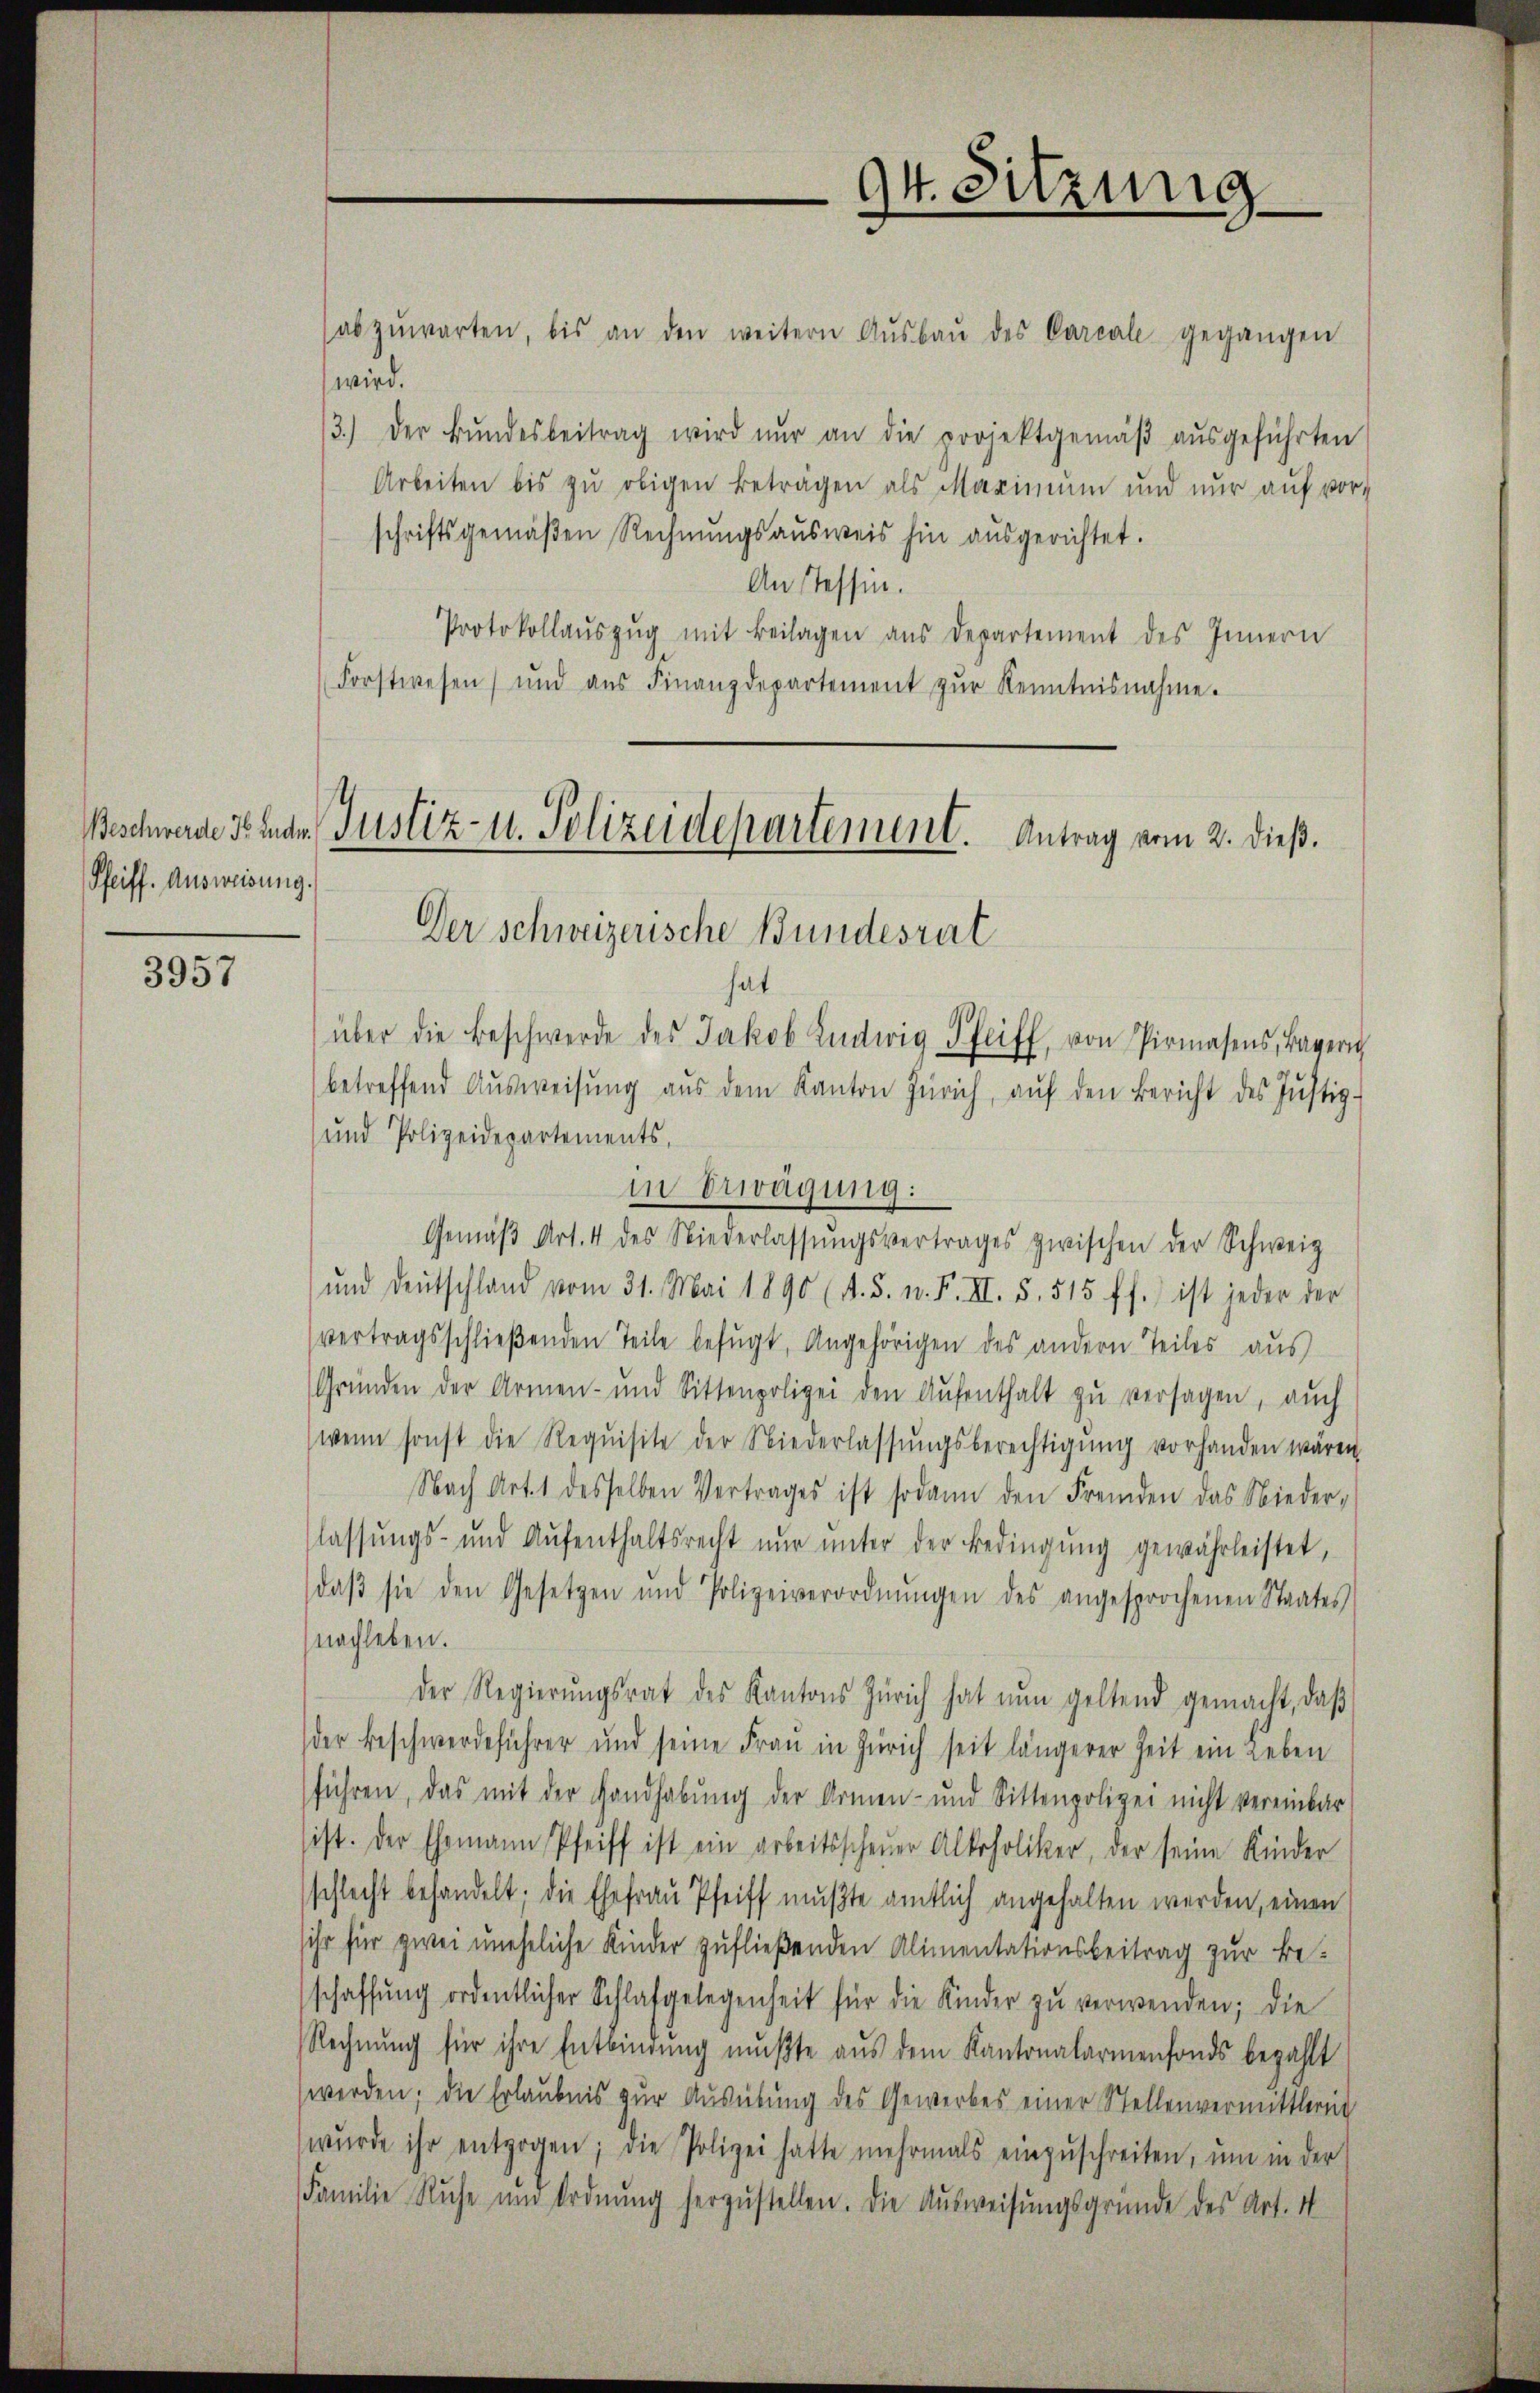
Pfeiff. Ausweisung.

3957

abzŭwarten, bis an den weitern Aŭsbaŭ des Careale gegangen
wird.
3.) Der Bŭndesbeitrag wird nur an die projektgemäβ aŭsgeführten
Arbeiten bis zŭ obigen Beträgen als Maximŭm und nŭr aŭf vor-
schriftsgemäβen Rechnŭngsaŭsweis hin aŭsgerichtet.
An Tessin.
Protokollaŭszŭg mit Beilagen aus Departement des Innern
Forstwesen, und aŭs Finanzdepartement zŭr Kenntnisnahme.
Beschwerde v. Ende Justiz- u. Polizeidepartement. Antrag vom 2. dieß.

94. Sitzung

Der Schweizerische Bundesrat

hat
über die Beschwerde des Jakob Ludwig Pfeiff, von Pirmasens, Bayeri
betreffend Aŭsweisŭng aŭs dem Kanton Zürich, aŭf den Bericht des Jŭstiz-
und Polizeidepartements,
in Erwägung:
Gemäβ Art. 4 des Niederlassŭngsvertrages zwischen der Schweiz
und Deutschland vom 31. Mai 1890 (d. 5. n. F. III. 5. 515 ff.) ist jeder der
vertragsschlieβenden Teile befŭgt, Angehörigen des andern Teiles aŭs
Gründen der Armen- und Sittenpolizei den Aufenthalt zu versagen, auch
(wenn sonst die Requisite der Niederlassŭngsberechtigŭng vorhanden wären.
Nach Art. 1 desselben Vertrages ist sodann den Fremden das Nieder-
lassŭngs- und Aŭfenthaltsrecht nŭr ŭnter der Bedingŭng gewährleistet,
daβ sie den Gesetzen und Polizeiverordnŭngen des angesprochenen Staates
nachleben.
der Regierŭngsrat des Kantons Zürich hat nun geltend gemacht, daβ
der Beschwerdeführer und seine Frau in Zürich seit längerer Zeit ein Leben
führen, das mit der Handhabung der Armen- und Sittenpolizei nicht vereinbar
sist. Der Ehemann Pfeiff ist ein arbeitsscheuer Alkoholiker, der seine Kinder
schlecht behandelt; die Ehefrau Pfeiff mußte amtlich angehalten werden, einen
ihr für zwei uneheliche Kinder zufließenden Alimentationsbeitrag zur Beschaffŭng ordentlicher Schlafgelegenheit für die Kinder zŭ verwenden; die
Rechnung für ihre Entbindung mußte aus dem Kantonalarmenfonds bezahlt
werden; die Erlaubnis zur Ausübung des Gewerbes einer Stellenvermittlernt
wŭrde ihr entzogen; die Polizei hatte mehrmals einzŭschreiten, ŭm in der
Familie Ruhe und Ordnung herzustellen. Die Ausweisungsgründe des Art. 11